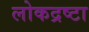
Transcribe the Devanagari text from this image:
लोकद्रष्टा